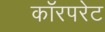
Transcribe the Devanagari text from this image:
कॉरपरेट